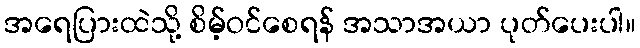
အရေပြားထဲသို့ စိမ့်ဝင်စေရန် အသာအယာ ပုတ်ပေးပါ။